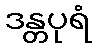
ဒန္တပုရံ